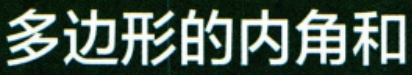
多边形的内角和